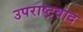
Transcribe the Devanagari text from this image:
उपराष्ट्रवाद